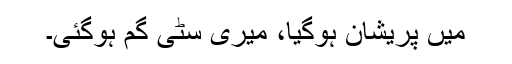
میں پریشان ہوگیا، میری سٹّی گم ہوگئی۔